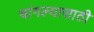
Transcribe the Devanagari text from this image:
चांगल्यासाठी